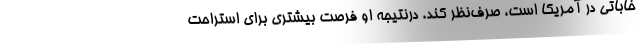
خاباتی در آمریکا است، صرف‌نظر کند. درنتیجه او فرصت بیشتری برای استراحت